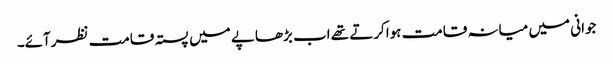
جوانی میں میانہ قامت ہواکرتے تھے اب بڑھاپے میں پستہ قامت نظرآئے۔